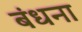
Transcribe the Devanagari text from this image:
बंधना